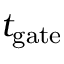
t _ { \mathrm { g a t e } }